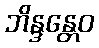
ဘိန္ဒန္တေဝ